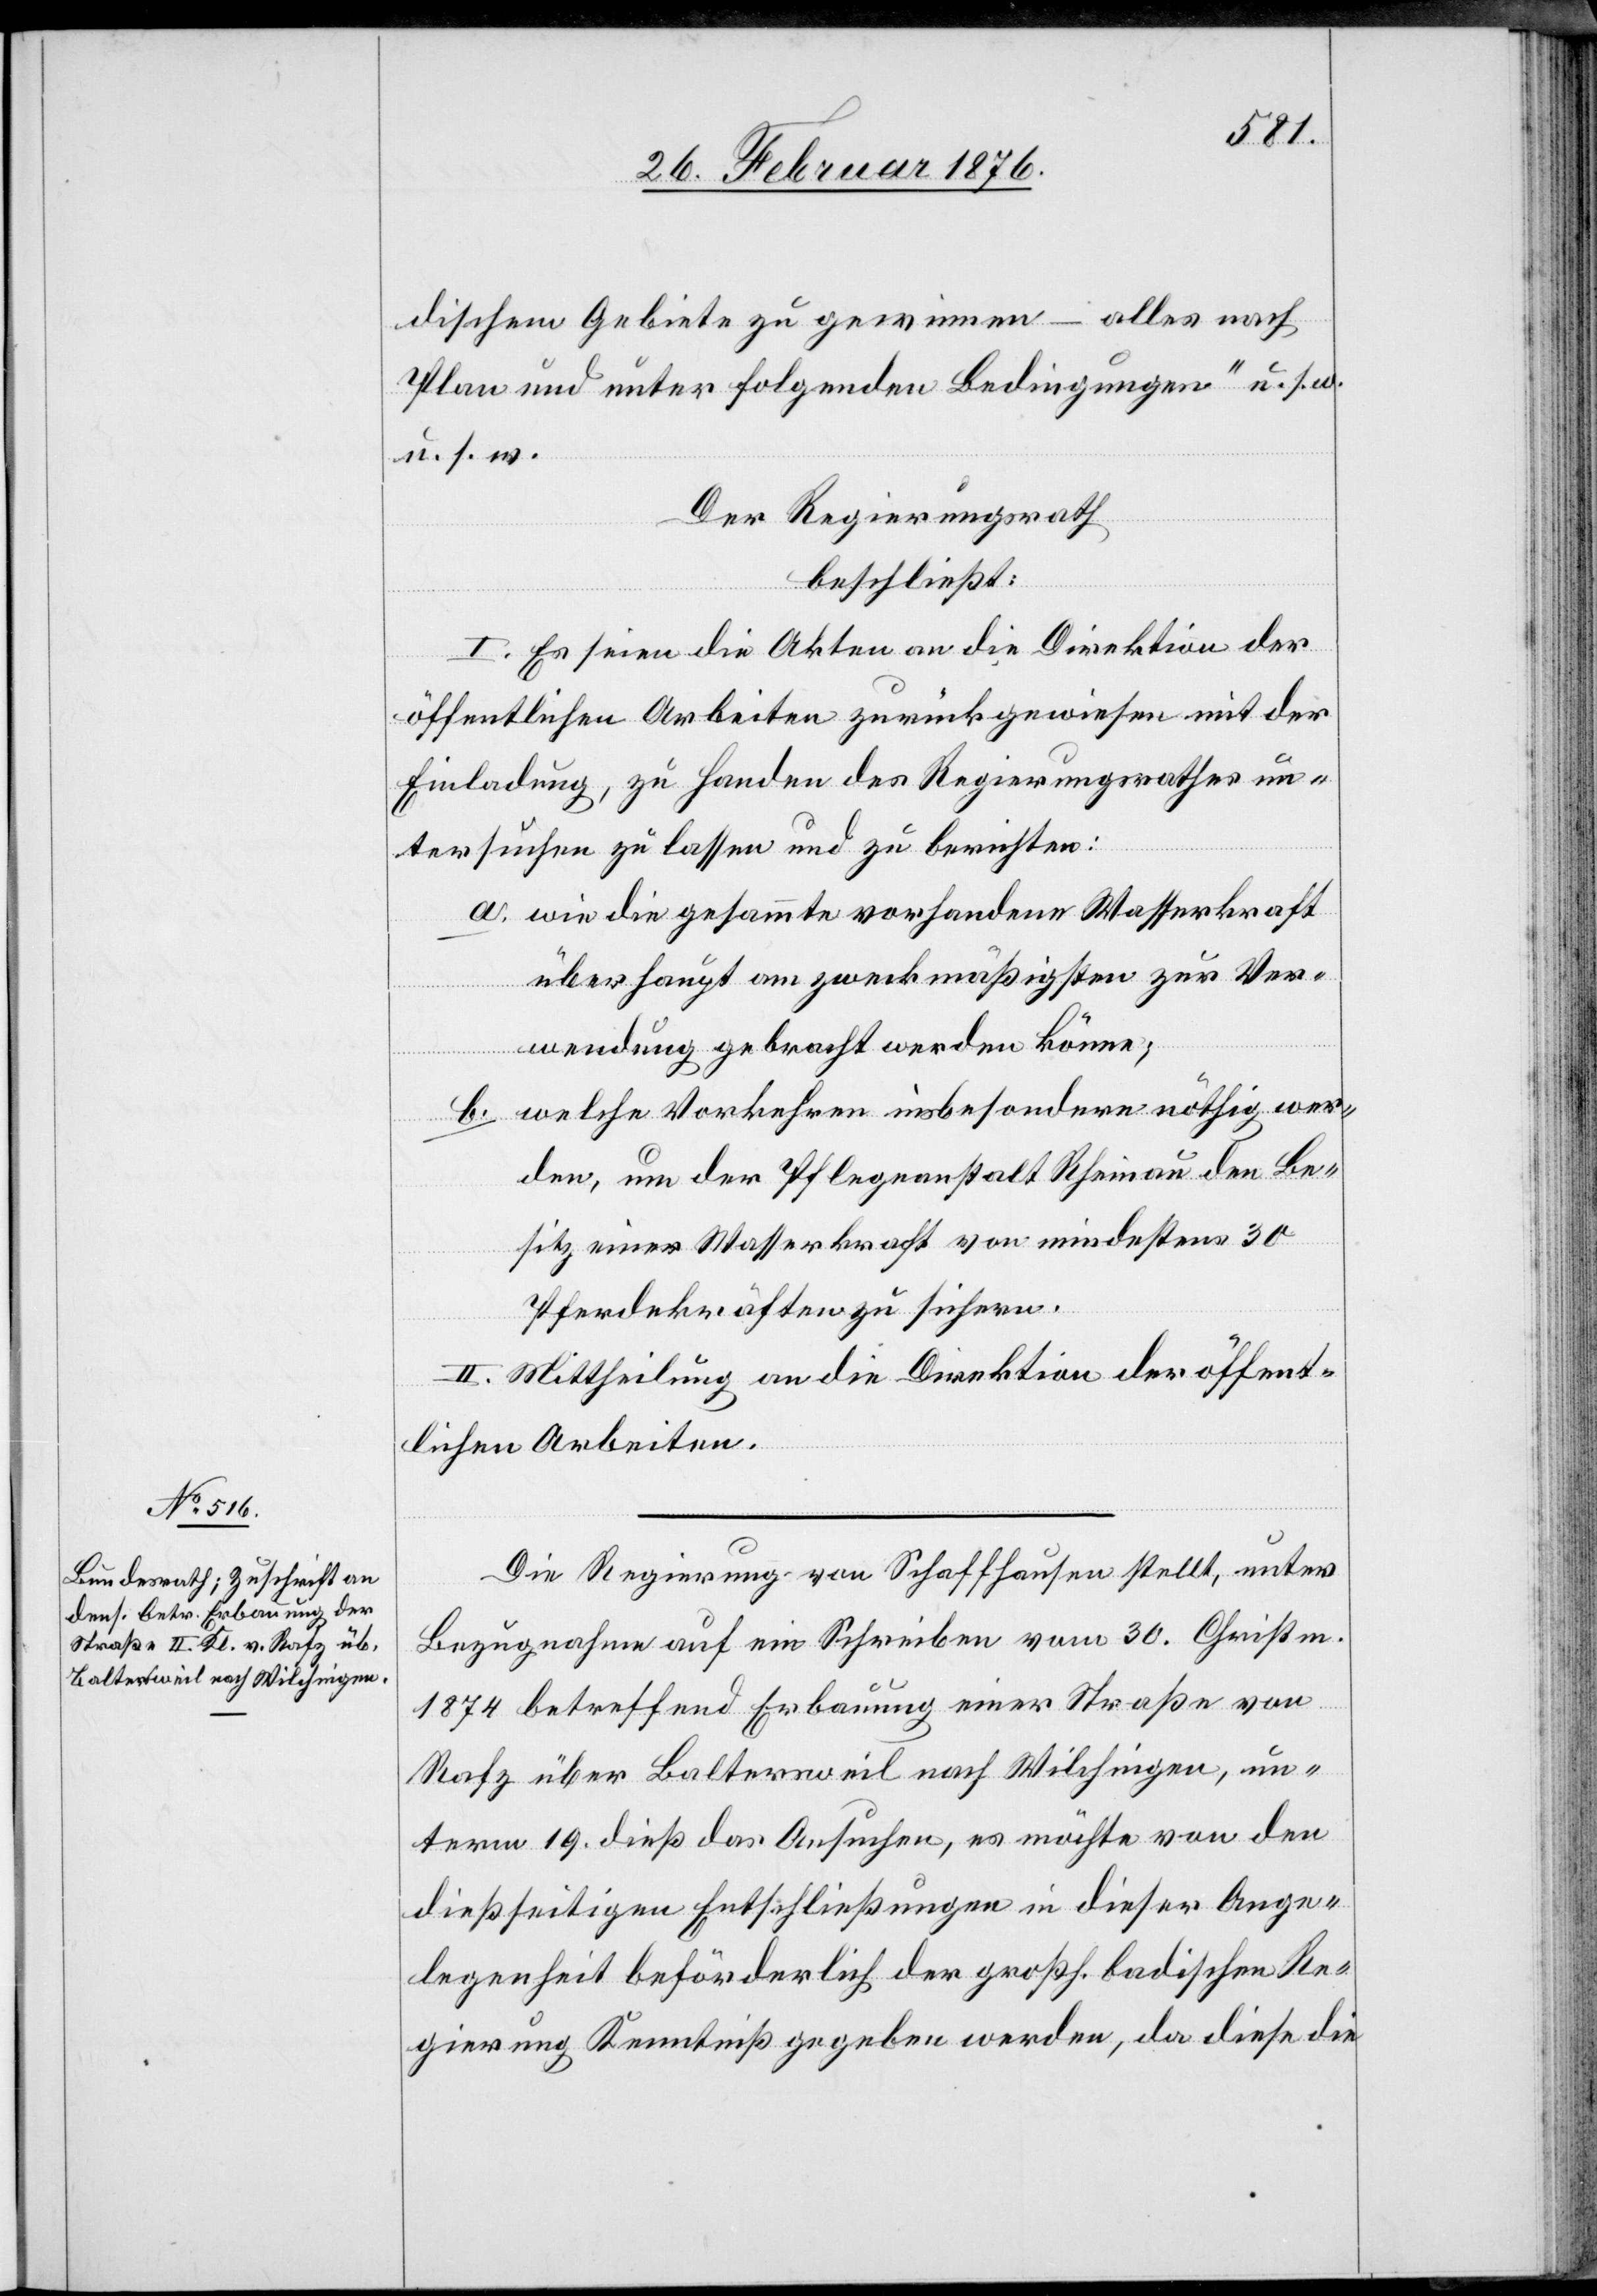
– alles nach
dischem Gebiete zu gewinnen
Plan und unter folgenden Bedingungen“ u. s. w.
u. s. w.
Der Regierungsrath
beschließt:
I. Es seien die Akten an die Direktion der
öffentlichen Arbeiten zurückgewiesen mit der
Einladung. zu Handen des Regierungsrathes un¬
tersuchen zu lassen und zu berichten:
a. wie die gesammte vorhandene Wasserkraft
überhaupt am zweckmäßigsten zur Ver¬
wendung gebracht werden könne;
b. welche Vorkehren insbesondere nöthig wer¬
den, um der Pflegeanstalt Rheinau den Be¬
sitz einer Wasserkraft von mindestens 30
Pferdekräften zu sichern.
II. Mittheilung an die Direktion der öffent¬
lichen Arbeiten.
Die Regierung von Schaffhausen stellt, unter
Bezugnahme auf ein Schreiben vom 30. Christm.
1874 betreffend Erbauung einer Straße von
Rafz über Baltersweil nach Wilchingen, un¬
term 19. dieß das Ansuchen, es möchte von den
diesseitigen Entschließungen in dieser Ange¬
legenheit beförderlich der großh. badischen Re¬
gierung Kenntniß gegeben werden, da diese die